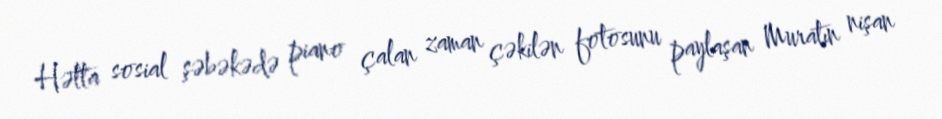
Hətta sosial şəbəkədə piano çalan zaman çəkilən fotosunu paylaşan Muratın nişan